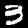
Label: 3